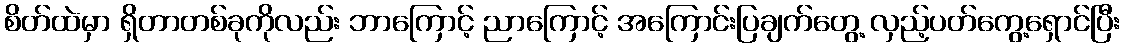
စိတ်ထဲမှာ ရှိတာတစ်ခုကိုလည်း ဘာကြောင့် ညာကြောင့် အကြောင်းပြချက်တွေ့ လှည့်ပတ်ကွေ့ရှောင်ပြီး